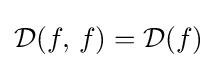
{\mathcal {D}}(f,\,f)={\mathcal {D}}(f)